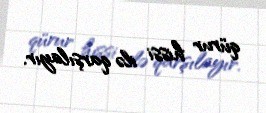
qürur hissi ilə qarşılayır.